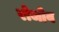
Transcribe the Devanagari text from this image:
रोजोव